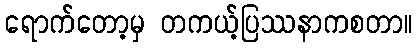
ရောက်တော့မှ တကယ့်ပြဿနာကစတာ။